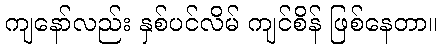
ကျနော်လည်း နှစ်ပင်လိမ် ကျင်စိန် ဖြစ်နေတာ။